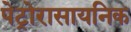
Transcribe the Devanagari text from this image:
पेट्रोरासायनिक